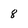
Character: 8